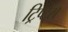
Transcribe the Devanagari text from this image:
ट्रिप्टेस